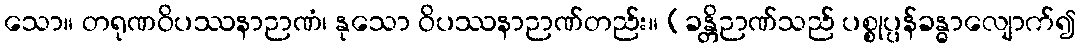
သော။ တရုဏဝိပဿနာဉာဏံ၊ နုသော ဝိပဿနာဉာဏ်တည်း။ (ခန္တိဉာဏ်သည် ပစ္စုပ္ပန်ခန္ဓာလျောက်၍